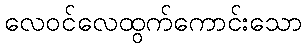
လေဝင်လေထွက်ကောင်းသော